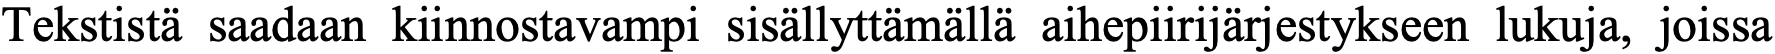
Tekstistä saadaan kiinnostavampi sisällyttämällä aihepiirijärjestykseen lukuja, joissa